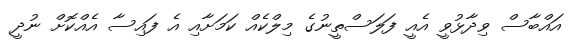
އައްބާސް ވިދާޅުވީ އެއީ ފަލަސްތީނުގެ މިލްކެއް ކަމަށާއި އެ ފައިސާ އެއްކޮށް ނުދީ